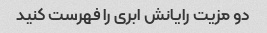
دو مزیت رایانش ابری را فهرست کنید